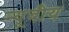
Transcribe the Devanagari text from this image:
न्यूबीय